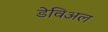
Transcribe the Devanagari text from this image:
डेविअल